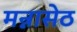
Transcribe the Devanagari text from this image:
मन्नासेठ